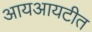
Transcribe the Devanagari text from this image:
आयआयटीत